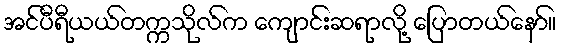
အင်ပီရီယယ်တက္ကသိုလ်က ကျောင်းဆရာလို့ ပြောတယ်နော်။